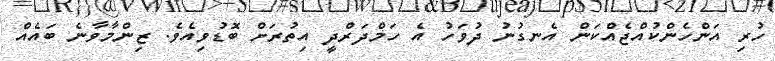
ހުރި އަންހެންކުއްޖެއްކަން އެނގުނު ދުވަހު އެ ހަމްދަރްދީ އިތުރަށް ބޮޑުވިއެވެ. ޒިންމާވާނެ ބައެއް